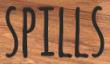
SPILLS